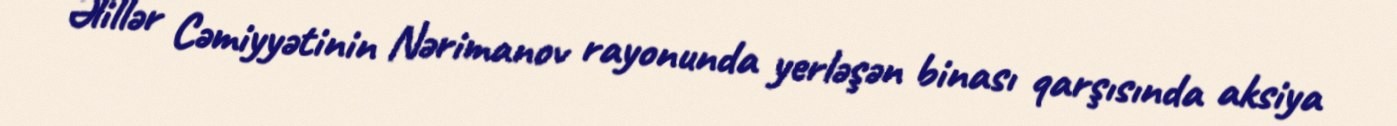
Əlillər Cəmiyyətinin Nərimanov rayonunda yerləşən binası qarşısında aksiya